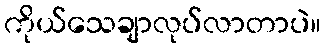
ကိုယ်သေချာလုပ်လာတာပဲ။